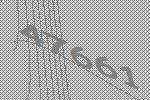
47661